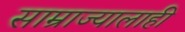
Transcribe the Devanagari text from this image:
साम्राज्यालाही